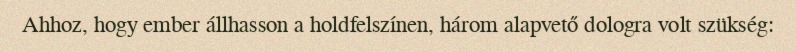
Ahhoz, hogy ember állhasson a holdfelszínen, három alapvető dologra volt szükség: